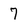
Character: 7